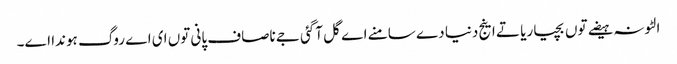
الٹونہ ہیضے توں بچیا ریا تے اینج دنیا دے سامنے اے گل آگئی جے ناصاف پانی توں ای اے روگ ہوندا اے۔